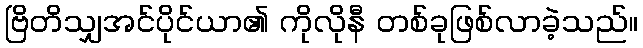
ဗြိတိသျှအင်ပိုင်ယာ၏ ကိုလိုနီ တစ်ခုဖြစ်လာခဲ့သည်။